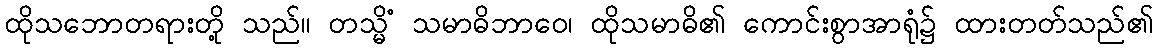
ထိုသဘောတရားတို့ သည်။ တသ္မိံ သမာဓိဘာဝေ၊ ထိုသမာဓိ၏ ကောင်းစွာအာရုံ၌ ထားတတ်သည်၏